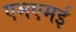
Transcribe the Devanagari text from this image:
एमएमई